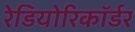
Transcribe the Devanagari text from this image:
रेडियोरिकॉर्डर